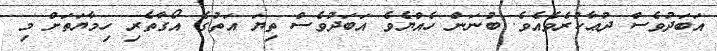
އަބަދުވެސް ދުޢާކުރެވެއެވެ. ބުނަން ހެއްޔެވެ އަބަދުވެސް ތިޔަ އަތުގެ އޯގާތެރި ހިމާޔަތަށް މި